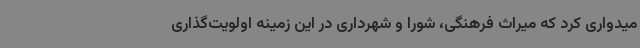
میدواری کرد که میراث فرهنگی، شورا و شهرداری در این زمینه اولویت‌گذاری